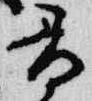
尋